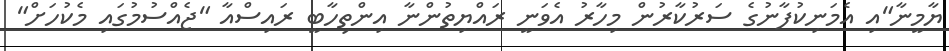
ޔާމީނާ"އި އެމަނިކުފާނުގެ ސަރުކާރުން މިހާރު އެވަނީ ރައްޔިތުންނާ އިންތިހާބީ ރައިސްއާ "ޖެއްސުމުގައި މެކުހަށް"